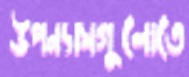
উপন্যাসগুলোতে